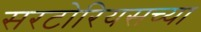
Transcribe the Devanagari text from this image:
सरटोरियसच्या